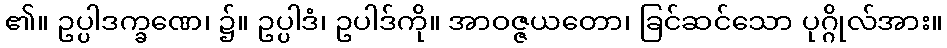
၏။ ဥပ္ပါဒက္ခဏေ၊ ၌။ ဥပ္ပါဒံ၊ ဥပါဒ်ကို။ အာဝဇ္ဇယတော၊ ခြင်ဆင်သော ပုဂ္ဂိုလ်အား။